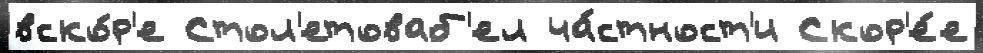
вско́р'е Стол'етоваб'ел ча́стност'и Скор'е́е